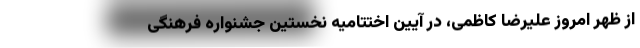
از ظهر امروز علیرضا کاظمی، در آیین اختتامیه نخستین جشنواره فرهنگی